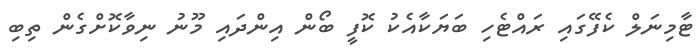
ޓާމިނަލް ކެފޭގައި ރައްޓެހި ބަޔަކާއެކު ކޮފީ ބޯން އިންދައި މޫނު ނިވާކޮށްގެން ތިބި